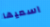
اسميها